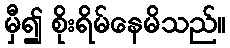
မှီ၍ စိုးရိမ်နေမိသည်။